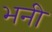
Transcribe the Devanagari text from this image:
भनी